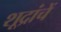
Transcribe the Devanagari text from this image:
शूद्रांचें